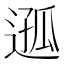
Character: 𨔌